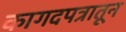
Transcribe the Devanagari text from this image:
कागदपत्रातून